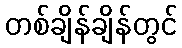
တစ်ချိန်ချိန်တွင်